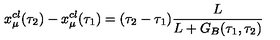
x _ { \mu } ^ { c l } ( \tau _ { 2 } ) - x _ { \mu } ^ { c l } ( \tau _ { 1 } ) = ( \tau _ { 2 } - \tau _ { 1 } ) \frac { L } { L + G _ { B } ( \tau _ { 1 } , \tau _ { 2 } ) }